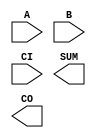
////////////////////////////////////////////////////////////////////////////////
//
//       This confidential and proprietary software may be used only
//     as authorized by a licensing agreement from Synopsys Inc.
//     In the event of publication, the following notice is applicable:
//
//                    (C) COPYRIGHT 1992 - 2020 SYNOPSYS INC.
//                           ALL RIGHTS RESERVED
//
//       The entire notice above must be reproduced on all authorized
//     copies.
//
//
// VERSION:   Simulation Architecture
//
// DesignWare_version: 733c6616
// DesignWare_release: Q-2019.12-DWBB_201912.0
//
////////////////////////////////////////////////////////////////////////////////
//-----------------------------------------------------------------------------------
//
// ABSTRACT:  Adder
//
//                      Converted from vhdl to verilog
//
//           GN         Feb. 15th 1996 
//                      changed dw01 to DW01
//
//           RPH        07/17/2002 
//                      Rewrote to comply with the new guidelines
//      
//---------------------------------------------------------------------------

module DW01_add (A,B,CI,SUM,CO);

   parameter integer width=4;

   // port decalrations

   input [width-1 : 0] 	A,B;
   input 		CI;
   
   output [width-1 : 0] SUM;
   output 		CO;

  // synopsys translate_off
  wire [width : 0]      tmp_out;   
  //-------------------------------------------------------------------------
  // Parameter legality check
  //-------------------------------------------------------------------------

  
 
  initial begin : parameter_check
    integer param_err_flg;

    param_err_flg = 0;
    
  
    if (width < 1) begin
      param_err_flg = 1;
      $display(
	"ERROR: %m :\n  Invalid value (%d) for parameter width (lower bound: 1)",
	width );
    end 
  
    if ( param_err_flg == 1) begin
      $display(
        "%m :\n  Simulation aborted due to invalid parameter value(s)");
      $finish;
    end

  end // parameter_check 


  assign tmp_out = ((^(A ^ A) !== 1'b0) || (^(B ^ B) !== 1'b0)) ? {width+1{1'bx}} : A+B+CI;
  assign CO = tmp_out[width];
  assign SUM = tmp_out[width-1 : 0];

  // synopsys translate_on
   
endmodule  // DW01_add;